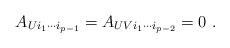
LaTeX: \begin{align*}A_{Ui_1 \cdots i_{p-1}} = A_{UVi_1 \cdots i_{p-2}} = 0 ~.\end{align*}